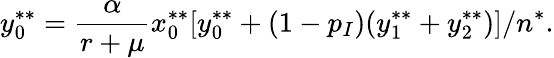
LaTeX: y_{0}^{**}=\frac{\alpha}{r+\mu}x_{0}^{**}[y_{0}^{**}+(1-p_{I})(y_{1}^{**}+y_{2}^{**})]/n^{*}.